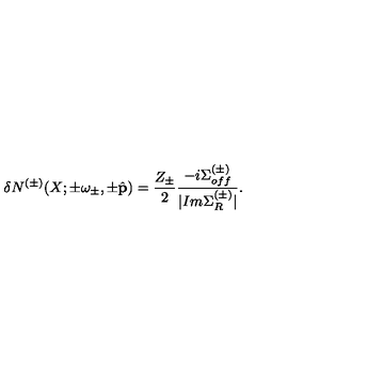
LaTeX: \delta N ^ { ( \pm ) } ( X ; \pm \omega _ { \pm } , \pm \hat { \bf p } ) = \frac { Z _ { \pm } } { 2 } \frac { - i \Sigma _ { o f f } ^ { ( \pm ) } } { | I m \Sigma _ { R } ^ { ( \pm ) } | } .